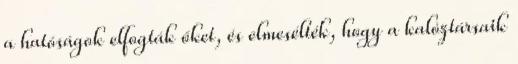
a hatóságok elfogták őket, és elmesélték, hogy a kalóztársaik